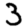
Digit: 3